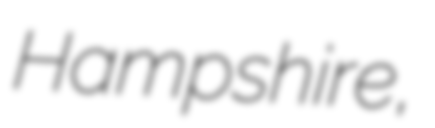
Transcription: Hampshire,